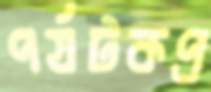
পর্যটকপ্র